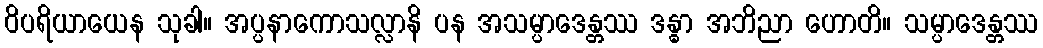
ဝိပရိယာယေန သုခါ။ အပ္ပနာကောသလ္လာနိ ပန အသမ္ပာဒေန္တဿ ဒန္ဓာ အဘိညာ ဟောတိ။ သမ္ပာဒေန္တဿ